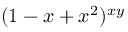
( 1 - x + x ^ { 2 } ) ^ { x y }